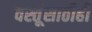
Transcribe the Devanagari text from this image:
वस्तूंसाठीही